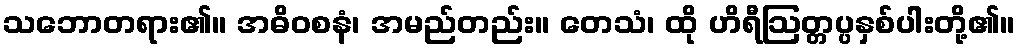
သဘောတရား၏။ အဓိဝစနံ၊ အမည်တည်း။ တေသံ၊ ထို ဟိရီဩတ္တပ္ပနှစ်ပါးတို့၏။